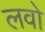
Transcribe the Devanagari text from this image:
लवो